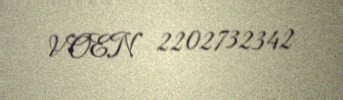
VOEN 2202732342